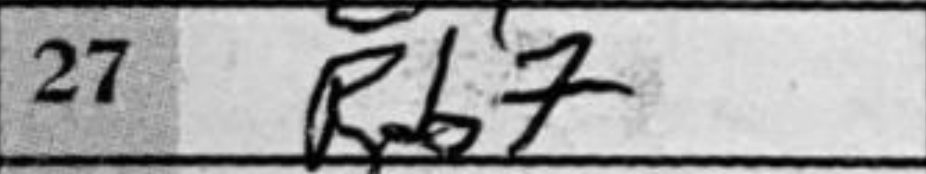
Transcription: Rb7